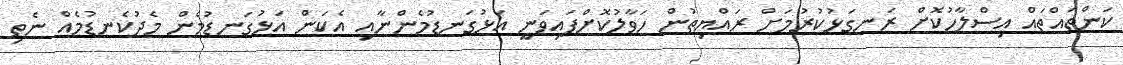
ކަންތައްތައް އިސްލާހުކޮށް ރަނގަޅުކުރުމަށް ރައްޔިތުން ހަވާލުކޮށްފައިވަނީ އަޅުގަނޑުމެންނާއި އެކަން އަޅުގަނޑުމެން މެދުކެނޑުމެއް ނެތި